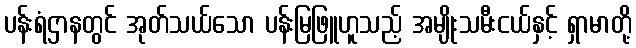
ပန်းရံဌာနတွင် အုတ်သယ်သော ပန်းမြဖြူဟူသည့် အမျိုးသမီးငယ်နှင့် ရှာမာတို့